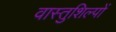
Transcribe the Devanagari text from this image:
वास्तुशिल्पों